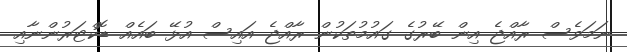
ނަމަވެސް ރާއްޖެ އިން ބޭރުގެ ގައުމުތަކުން ރާއްޖެ އައިސް އުޅޭ ބައެއް ޑޮކްޓަރުންނާއި